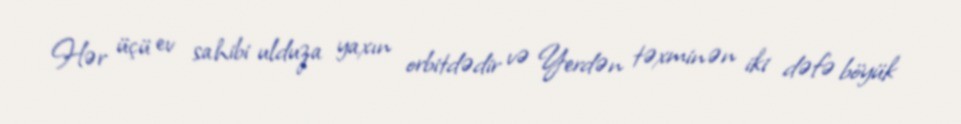
Hər üçü ev sahibi ulduza yaxın orbitdədir və Yerdən təxminən iki dəfə böyük